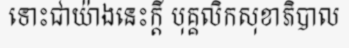
ទោះជាយ៉ាងនេះក្តី បុគ្គលិកសុខាភិបាល